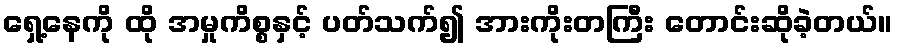
ရှေ့နေကို ထို အမှုကိစ္စနှင့် ပတ်သက်၍ အားကိုးတကြီး တောင်းဆိုခဲ့တယ်။